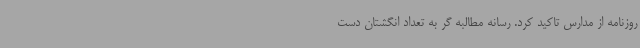
روزنامه از مدارس تاکید کرد. رسانه مطالبه گر به تعداد انگشتان دست